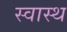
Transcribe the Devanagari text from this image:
स्‍वास्थ